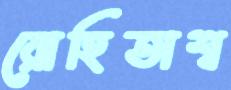
রোহিতাশ্ব